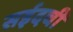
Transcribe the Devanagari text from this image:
सईदची